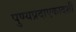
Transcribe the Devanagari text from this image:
पुण्यप्रदाएकादशी